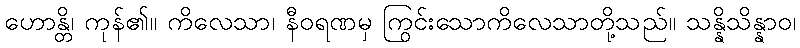
ဟောန္တိ၊ ကုန်၏။ ကိလေသာ၊ နီဝရဏမှ ကြွင်းသောကိလေသာတို့သည်။ သန္နိသိန္နာဝ၊